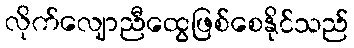
လိုက်လျောညီထွေဖြစ်စေနိုင်သည်